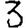
Digit: 3